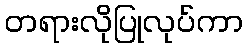
တရားလိုပြုလုပ်ကာ